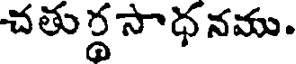
చతు ర్థ సాధ నము.